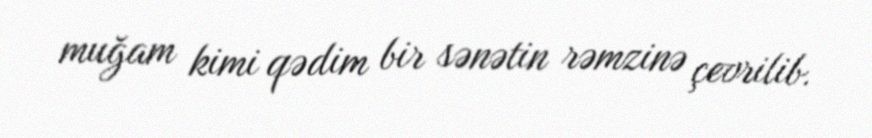
muğam kimi qədim bir sənətin rəmzinə çevrilib.